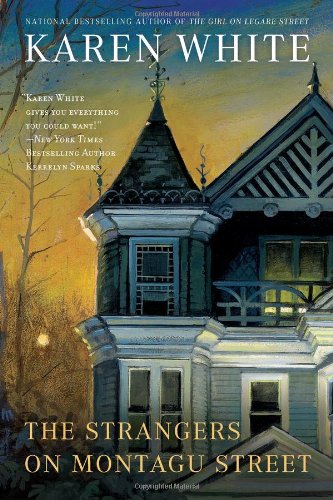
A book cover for The Strangers on Montagu Street (Tradd Street); Karen White; Mystery, Thriller & Suspense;